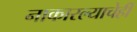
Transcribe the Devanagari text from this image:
नाकारल्याचेही